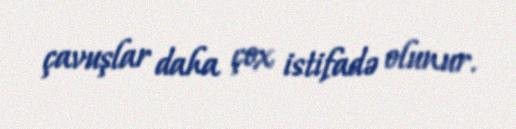
çavuşlar daha çox istifadə olunur.